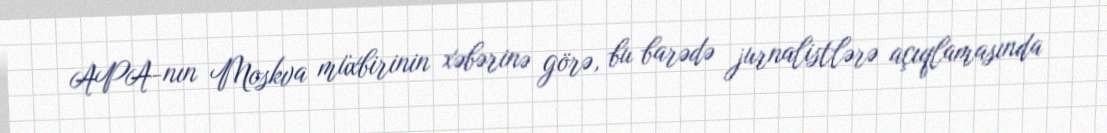
APA-nın Moskva müxbirinin xəbərinə görə, bu barədə jurnalistlərə açıqlamasında